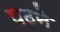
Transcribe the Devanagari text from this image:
घठने